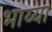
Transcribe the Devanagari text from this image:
भाय्या